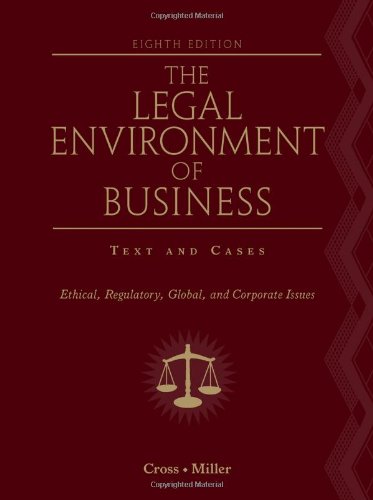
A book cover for The Legal Environment of Business: Text and Cases: Ethical, Regulatory, Global, and Corporate Issues; Frank B. Cross; Law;